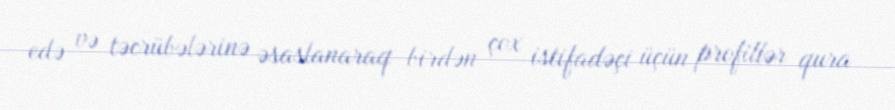
edə və təcrübələrinə əsaslanaraq birdən çox istifadəçi üçün profillər qura